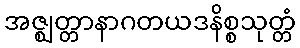
အဇ္ဈတ္တာနာဂတယဒနိစ္စသုတ္တံ